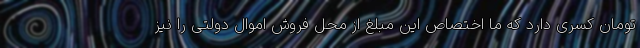
تومان کسری دارد که ما اختصاص این مبلغ از محل فروش اموال دولتی را نیز